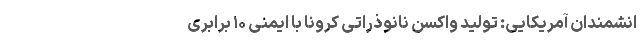
انشمندان آمریکایی: تولید واکسن نانوذراتی کرونا با ایمنی ۱۰ برابری